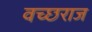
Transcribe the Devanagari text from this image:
वच्छराज